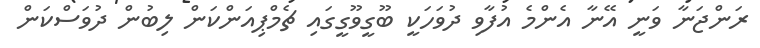
ރަންޖަނާ ވަނީ އޭނާ އެންމެ އުފާވި ދުވަހަކީ ބޫގީވޫގީގައި ޗެމްޕިއަންކަން ލިބުން ދުވަސްކަން